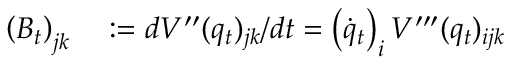
\begin{array} { r l } { \left( B _ { t } \right) _ { j k } } & { { } : = d V ^ { \prime \prime } ( q _ { t } ) _ { j k } / d t = \left( \dot { q } _ { t } \right) _ { i } V ^ { \prime \prime \prime } ( q _ { t } ) _ { i j k } } \end{array}